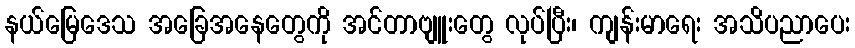
နယ်မြေဒေသ အခြေအနေတွေကို အင်တာဗျူးတွေ လုပ်ပြီး၊ ကျန်းမာရေး အသိပညာပေး